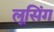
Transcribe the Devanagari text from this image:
लूसिंग